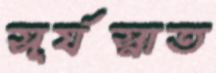
সূর্যস্নাত